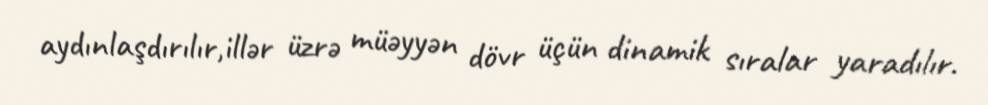
aydınlaşdırılır,illər üzrə müəyyən dövr üçün dinamik sıralar yaradılır.